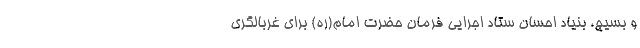
و بسیج، بنیاد احسان ستاد اجرایی فرمان حضرت امام(ره) برای غربالگری